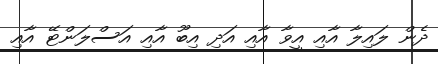
ދެން ލައިލާ އާއި އީވާ އާއި އަދި އިބޫ އާއި އަސްލަންޓޭ އާއި